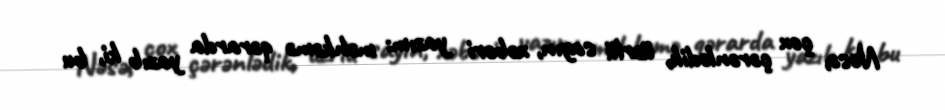
Nəsə, çox çərənlədik, üzrlü sayın, xəbəri yazım: məhkəmə qərarda yazıb ki, bu